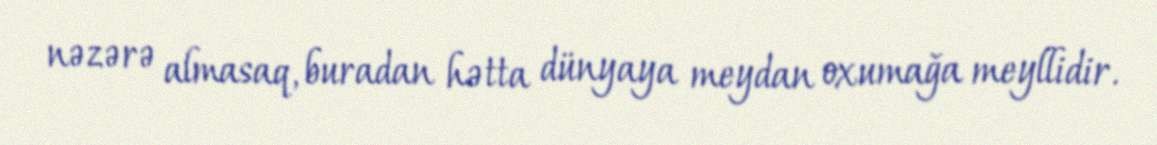
nəzərə almasaq, buradan hətta dünyaya meydan oxumağa meyllidir.